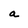
Character: a